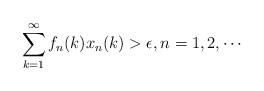
LaTeX: \begin{align*}\sum_{k=1}^{\infty}f_{n}(k)x_{n}(k)>\epsilon, n=1,2,\cdots\end{align*}